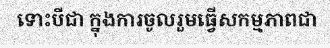
ទោះបីជា ក្នុងការចូលរួមធ្វើសកម្មភាពជា